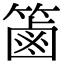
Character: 𥱾